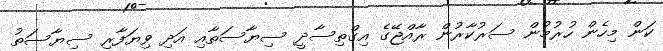
ކަން މިހެން ހުރުމުން ސަރުކާރުން ރާއްޖޭގެ އިގްތިސާދީ ސިޔާސަތާއި އަދި ވިޔަފާރި ސިޔާސަތު